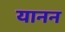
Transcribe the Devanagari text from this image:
यानन